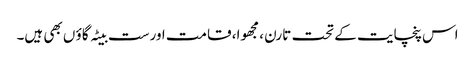
اس پنچایت کے تحت تارن ، مجھوا، قامت اورست بیٹہ گاؤ ں بھی ہیں۔